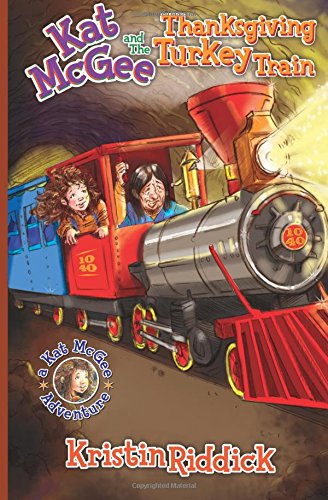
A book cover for Kat McGee and The Thanksgiving Turkey Train (Kat McGee Adventures) (Volume 4); Kristin Riddick; Children's Books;